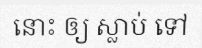
នោះ ឲ្យ ស្លាប់ ទៅ